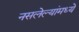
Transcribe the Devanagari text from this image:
नसलेल्यांमध्ये